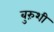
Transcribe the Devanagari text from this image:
बुरुंशी